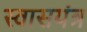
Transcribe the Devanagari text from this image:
स्वासयंत्र